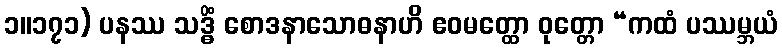
၁။၁၇၁) ပနဿ သဒ္ဓိံ စောဒနာသောဓနာဟိ ဧဝမတ္ထော ဝုတ္တော “ကထံ ပဿမ္ဘယံ